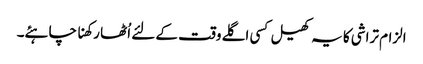
الزام تراشی کا یہ کھیل کسی اگلے وقت کے لئے اُٹھا رکھنا چاہئے۔